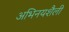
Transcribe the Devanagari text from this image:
अभिनयशैली